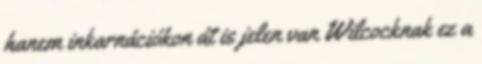
hanem inkarnációkon át is jelen van Wilcocknak ez a